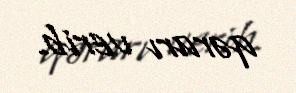
qərarı verib.